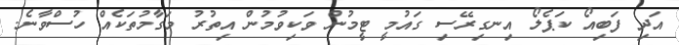
އަދި ފަބިއޯ ކަޕެލޯ އިނގިރޭސި ގައުމީ ޓީމުން ވަކިވުމުން އިތުރު މަގާމުތަކެއް ހުސްވާނެ.